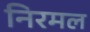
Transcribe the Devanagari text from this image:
निरमल